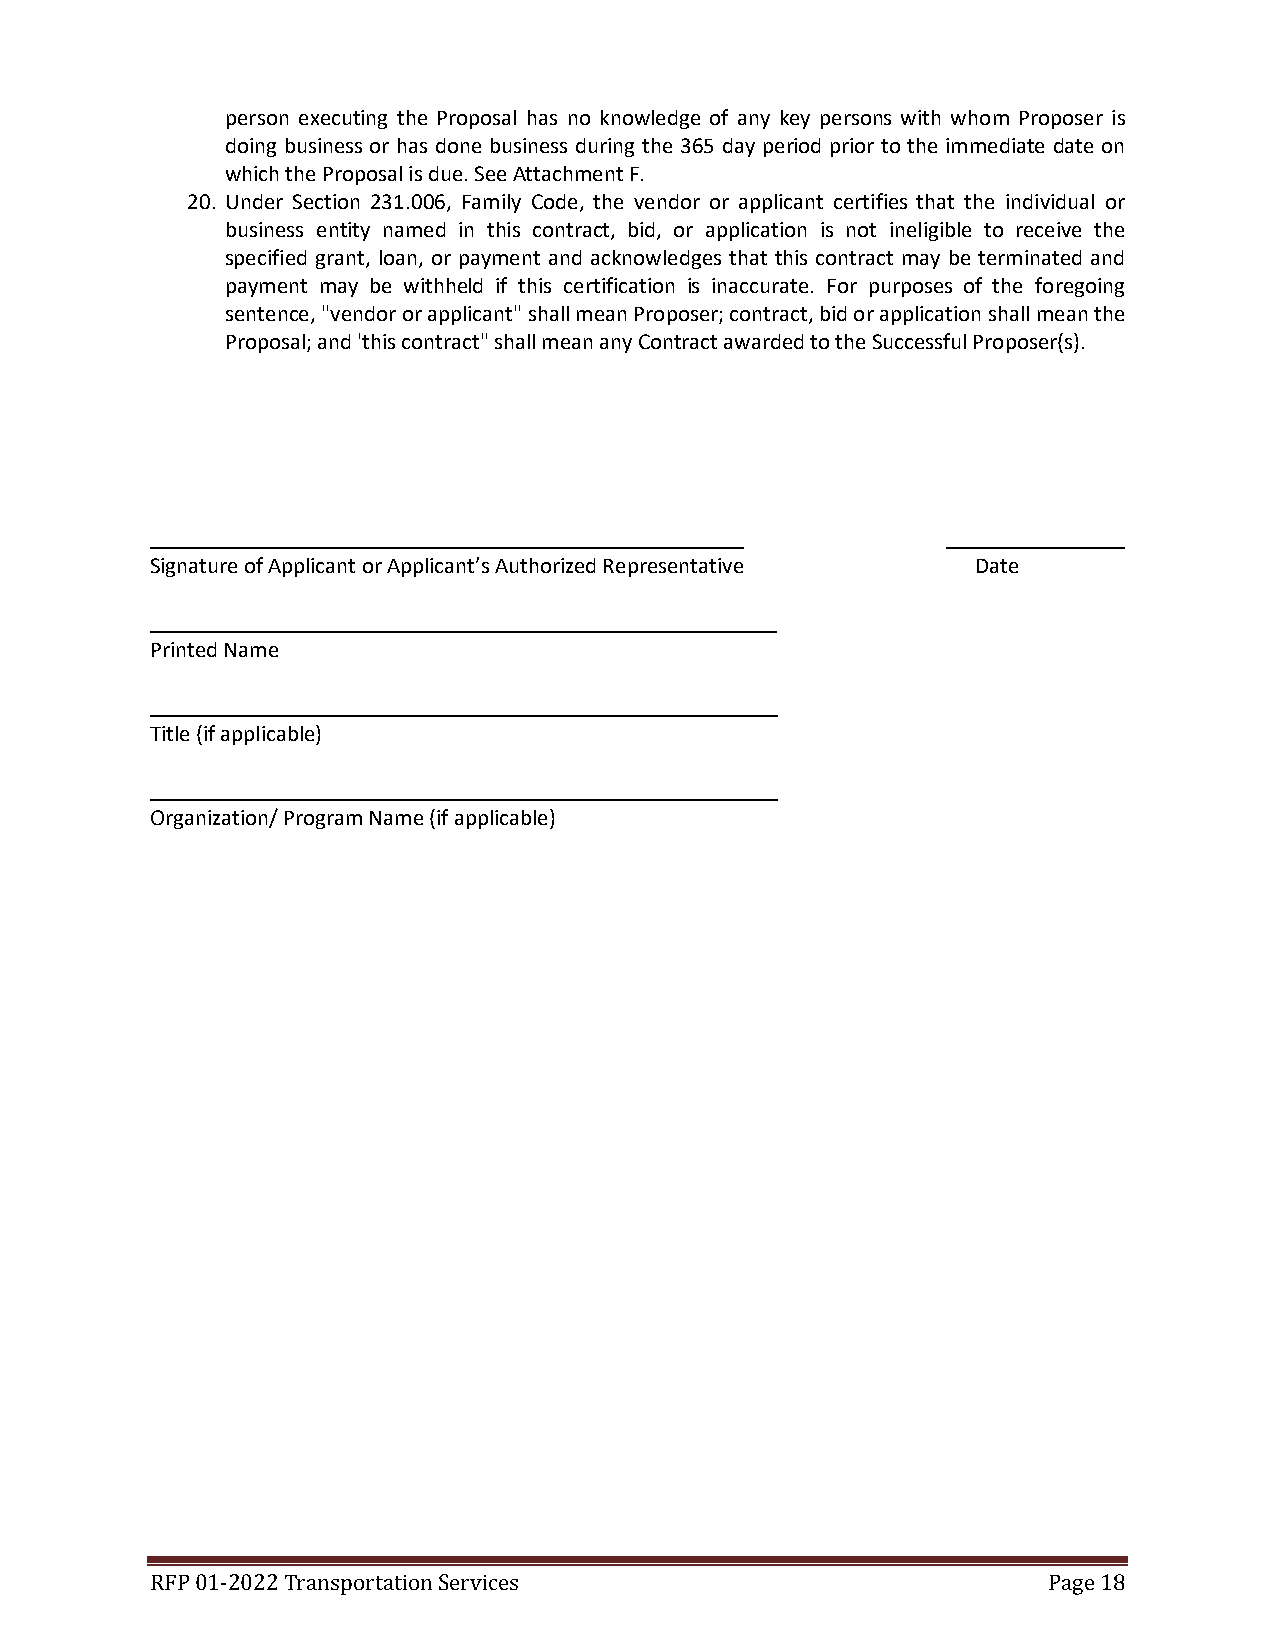
person executing the Proposal has no knowledge of any key persons with whom Proposer is
 doing business or has done business during the 365 day period prior to the immediate date on
 which the Proposal is due. See Attachment F.
 20. Under Section 231.006, Family Code, the vendor or applicant certifies that the individual or
 business entity named in this contract, bid, or application is not ineligible to receive the
 specified grant, loan, or payment and acknowledges that this contract may be terminated and
 payment may be withheld if this certification is inaccurate. For purposes of the foregoing
 sentence, "vendor or applicant" shall mean Proposer; contract, bid or application shall mean the
 Proposal; and 'this contract" shall mean any Contract awarded to the Successful Proposer(s).
 ____________________________________________________
 Signature of Applicant or Applicant’s Authorized Representative Date
 _____________________________________________________ _
 Printed Name
 _______________________________________________________
 Title (if applicable)
 _______________________________________________________
 Organization/ Program Name (if applicable)
 RFP 01-2022 Transportation Services                        Page 18